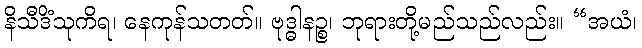
နိသီဒိံသုကိရ၊ နေကုန်သတတ်။ ဗုဒ္ဓါနဉ္စ၊ ဘုရားတို့မည်သည်လည်း။ “အယံ၊